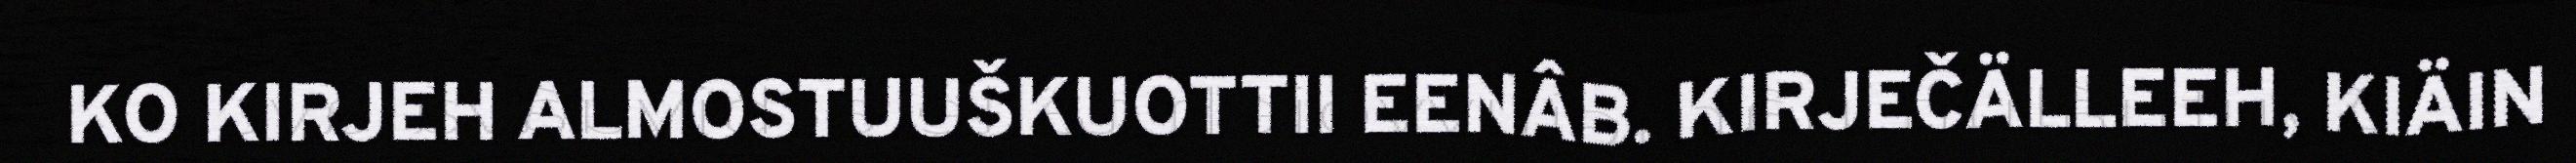
KO KIRJEH ALMOSTUUŠKUOTTII EENÂB. KIRJEČÄLLEEH, KIÄIN